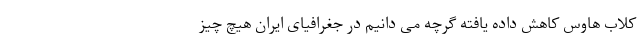
کلاب هاوس کاهش داده یافته گرچه می دانیم در جغرافیای ایران هیچ چیز